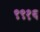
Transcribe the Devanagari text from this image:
९९१६